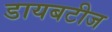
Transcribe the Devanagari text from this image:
डायबटीज